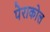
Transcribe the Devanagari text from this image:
पेराकोल